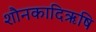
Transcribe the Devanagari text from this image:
शौनकादिऋषि